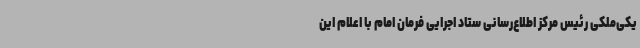
یکی‌ملکی رئیس مرکز اطلاع‌رسانی ستاد اجرایی فرمان امام با اعلام این